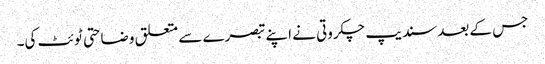
جس کے بعد سندیپ چکروتی نے اپنے تبصرے سے متعلق وضاحتی ٹوئٹ کی۔